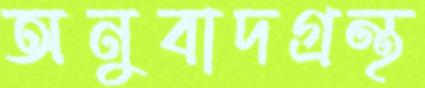
অনুবাদগ্রন্থ